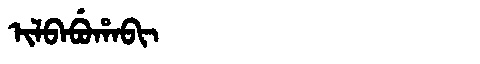
Manchu: ᡳᠯᠪᠠᠪᡠᡥᠠᠪᡳ
Romanization: ILBABUHABI